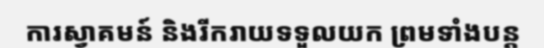
ការស្វាគមន៍ និងរីករាយទទួលយក ព្រមទាំងបន្ត